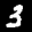
Label: 3